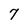
Character: 7